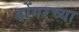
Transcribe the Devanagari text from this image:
डोंगरच्या